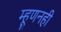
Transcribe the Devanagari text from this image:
म्हूणनही